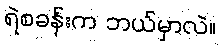
ရဲစခန်းက ဘယ်မှာလဲ။